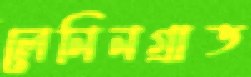
লেনিনগ্রাড